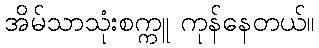
အိမ်သာသုံးစက္ကူ ကုန်နေတယ်။